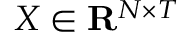
X \in \mathbf { R } ^ { N \times T }